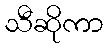
သီဆိုကာ